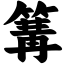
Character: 篝